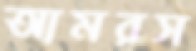
আমরস